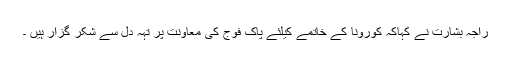
راجہ بشارت نے کہاکہ کورونا کے خاتمے کیلئے پاک فوج کی معاونت پر تہہ دل سے شکر گزار ہیں ۔